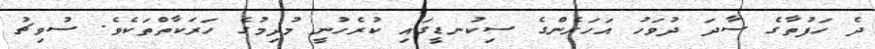
ދެ ހަފުތާގެ ސާދަ ދުވަހު އަހަރެންގެ ސިކުނޑީގައި ކުރެހުނީ މުދިމުގެ ހަރަކާތްތަކެވެ. ސުވިޗު